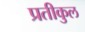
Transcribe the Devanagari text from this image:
प्रतीकुल